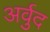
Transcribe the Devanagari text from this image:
अर्वुद